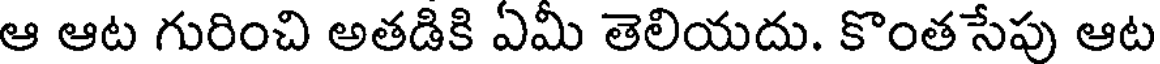
ఆ ఆట గురించి అతడికి ఏమీ తెలియదు. కొంత సేపు ఆట